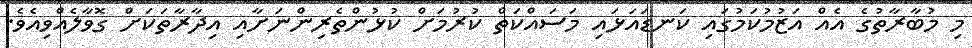
މި މުބާރާތުގެ އެއް އަޒުމުކަމުގައި ކަނޑައަޅައި މަސައްކަތް ކުރުމަށް ކުޅުންތެރިންނަށާއި އިދާރާތަކަށް ގޮވާލެއްވިއެވެ.